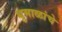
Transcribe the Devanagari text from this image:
धुमाळांचे